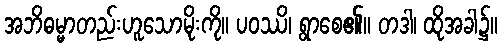
အဘိဓမ္မာတည်းဟူသောမိုးကို။ ပဝဿိ၊ ရွာစေ၏။ တဒါ၊ ထိုအခါ၌။